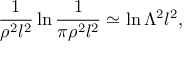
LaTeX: \frac { 1 } { \rho ^ { 2 } l ^ { 2 } } \ln \frac { 1 } { \pi \rho ^ { 2 } l ^ { 2 } } \simeq \ln \Lambda ^ { 2 } l ^ { 2 } ,